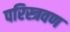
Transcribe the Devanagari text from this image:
परिस्त्रवण